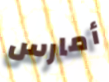
أمارس